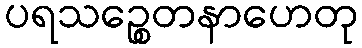
ပရသဉ္စေတနာဟေတု